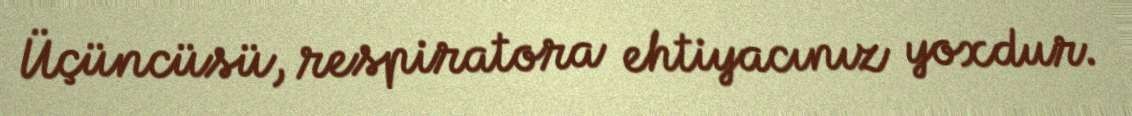
Üçüncüsü, respiratora ehtiyacınız yoxdur.